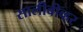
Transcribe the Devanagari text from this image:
सालीबीव्हर